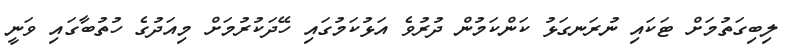
ލިބިގަތުމަށް ޓަކައި ނުރަނގަޅު ކަންކަމުން ދުރުވެ އަޅުކަމުގައި ހޭދަކުރުމަށް މިއަދުގެ ހުތުބާގައި ވަނީ